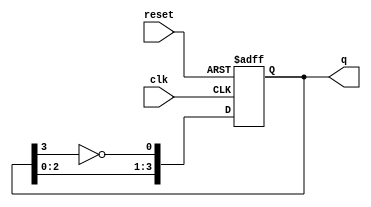
module johnson_counter (
    input wire clk,        // Clock input
    input wire reset,      // Asynchronous reset input
    output reg [3:0] q     // 4-bit output representing current state
);

// Sequential logic for Johnson counter
always @(posedge clk or posedge reset) begin
    if (reset) begin
        // Asynchronous reset to 0000
        q <= 4'b0000;
    end else begin
        // Johnson counter logic
        // The first flip-flop takes the inverted value of the last flip-flop
        q[0] <= ~q[3];
        // The rest of the flip-flops shift the previous values to the right
        q[1] <= q[0];
        q[2] <= q[1];
        q[3] <= q[2];
    end
end

endmodule